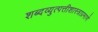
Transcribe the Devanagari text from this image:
शब्दव्युत्पत्तीशास्त्राप्रमाणे